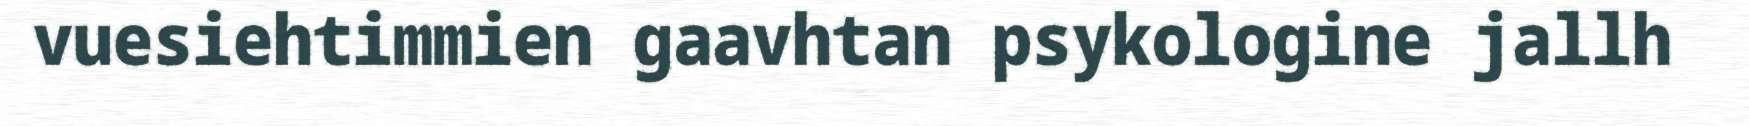
vuesiehtimmien gaavhtan psykologine jallh